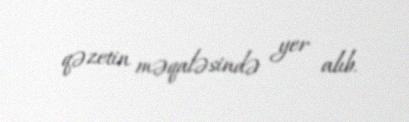
qəzetin məqaləsində yer alıb.